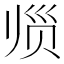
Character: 𲃀